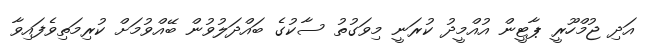
އަދި ޖުމްހޫރީ ޕާޓީން އުއްމީދު ކުރަނީ މިވަގުތު ސާކުގެ ބައްދަލުވުން ބޭއްވުމަށް ކުރިމަތިވެފައިވާ